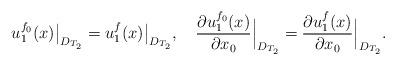
LaTeX: \begin{align*} u_1^{f_0}(x)\big|_{D_{T_2}}=u_1^f(x)\big|_{D_{T_2}},\ \ \ \frac{\partial u_1^{f_0}(x)}{\partial x_0}\Big|_{D_{T_2}}=\frac{\partial u_1^{f}(x)}{\partial x_0}\Big|_{D_{T_2}}.\end{align*}